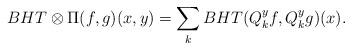
LaTeX: \begin{align*}BHT \otimes \Pi(f, g)(x,y)= \sum_k BHT(Q_k^y f, Q_k^y g)(x).\end{align*}